Annual report on the working of the lock hospitals in the Central Provinces
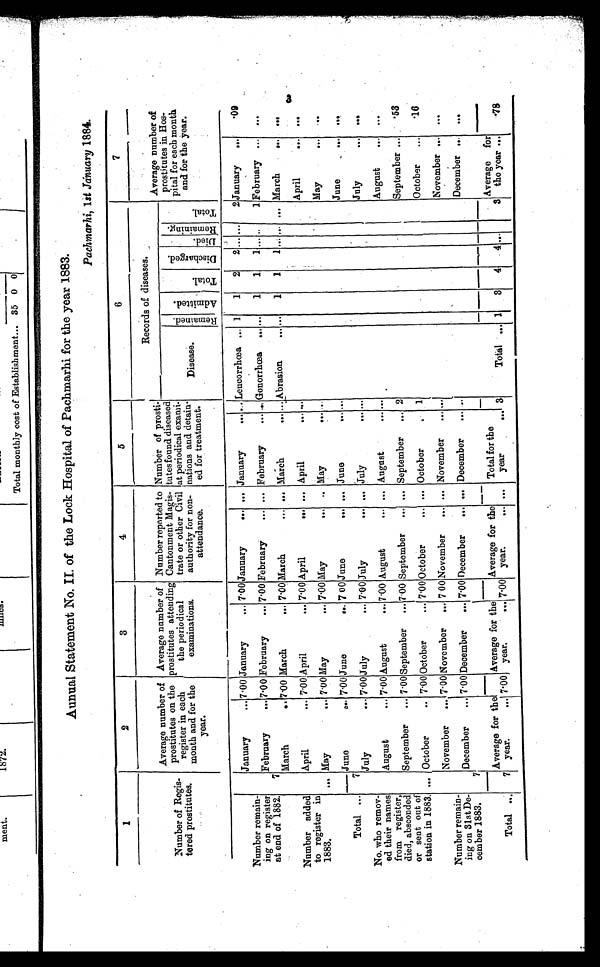
Aunual Statement No. II. of the Lock Hospital of Pachmarhi for the year 1883.
Pachmarhi, 1 st January 1884.
1
2
3
4
5
6
7
Number of
R e g i s -
tered prostitutes.
Average number of
prostitutes on the
register in each
month and for the
year.
Average number of
prostitutes attending
the periodical
examinations.
Number reported to
Cantonment Magis-
trate or other Civil
authority for non-
attendance.
Number of prosti-
tutesfound diseased
at periodical exami-
nations and detain-
ed for treatment.
Records of diseases.
Average number of
prostitutes in Hos-
pital for each month
and. for the year.
A d m i t t e d .
T o t a l
D i s c h a r g e d .
D i e d .
Re ma i ni ng.
T o t a l .
Disease.
R e m a i n e d .
January
... V00 January
... 7 . 00 January
... ... January
... ._. Leucorrhcea ... 1
1
2
2 ... ...
2 January
...
'09
Number remain-
ing on register
at end of 1882.
7
February
... 7 . 00 February
... 7. 00 February
... ... February
... .., Gonorrhoea
... ...
1
1
1 ... .,
1 February
...
...
March
.. 7 .00 March
... 7'00 March
... ... March
... ... Abrasion
... ...
1
1
1 ... ... ... March
See
...
Number added
to register in
1883.
...
--
April
... 7.00 April
... 7 .00 April
... . . .
April
... 90 .
April
. . . ...
May
... 7 .00 May
... 7 .00 May
...
.. May
-
.
May
... . . .
June
,.. 7.00 June
00. 7 00 June
0011 our, June
June
. . .
*Se
Total ...
7
July
... 7. 00 July
... 7 .00 July
0.. . . . July
July
.,. ...
No. who remov-
ed their names
from register,
died, absconded
or sent out of
station in 1883. ...
August 0
... 7 . 00 August
... 7 .00 August
... ... August
August
...
. . .
September
... 71)0 September
... 7 . 00 September
... ... September
... 2
.
September ... .
'53
October
.. 7.00 October
... 7 .00 October
... ... October
1
October
...
'16
November
... 7. 00 November
.,. 7 00 November
... ... November
... ...
November ...
...
Number remain-
ing on 31st De-
comber 1883.
7
December
... 7 . 00 December
... 7. 00 December
... .4. December
... ..
-
December ...
...
Total pi - ,
7
Average for the
year.
...7'00
Average for the
year.
... 7'00
Average for the
year.
.. . .. .
Total for the
year
f..
.
8
Total
... 1
4
4 ...
3
Average
for
the year .. .
18
,,..........